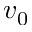
v _ { 0 }